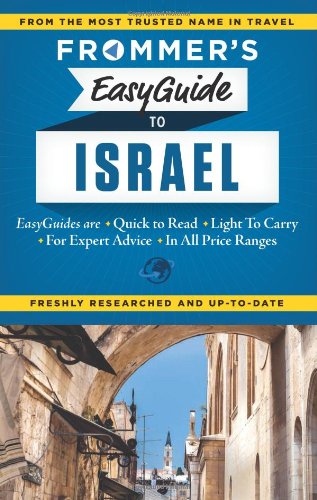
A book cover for Frommer's EasyGuide to Israel (Easy Guides); Robert Ullian; Travel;